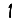
Digit: 1